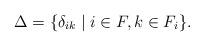
LaTeX: \begin{align*}\Delta=\{\delta_{ik} \mid i\in F, k\in F_{i}\}.\end{align*}